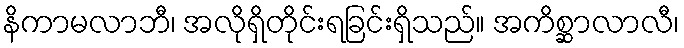
နိကာမလာဘီ၊ အလိုရှိတိုင်းရခြင်းရှိသည်။ အကိစ္ဆာလာလီ၊